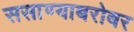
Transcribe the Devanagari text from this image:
ससाण्याबरोबर